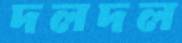
দলদল